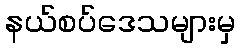
နယ်စပ်ဒေသများမှ